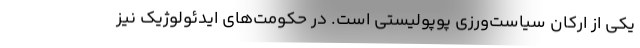
یکی از ارکان سیاست‌ورزی پوپولیستی است. در حکومت‌های ایدئولوژیک نیز